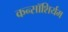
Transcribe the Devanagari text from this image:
कन्सॉशिर्यम